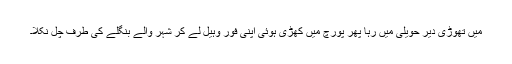
میں تھوڑی دیر حویلی میں رہا پھر پورچ میں کھڑی ہوئی اپنی فور وہیل لے کر شہر والے بنگلے کی طرف چل نکلا۔